Vital statistics of India. Vol. IV, Annual returns from 1871 to 1876. British Army of India, Native Army and jails of Bengal
Year: 1871
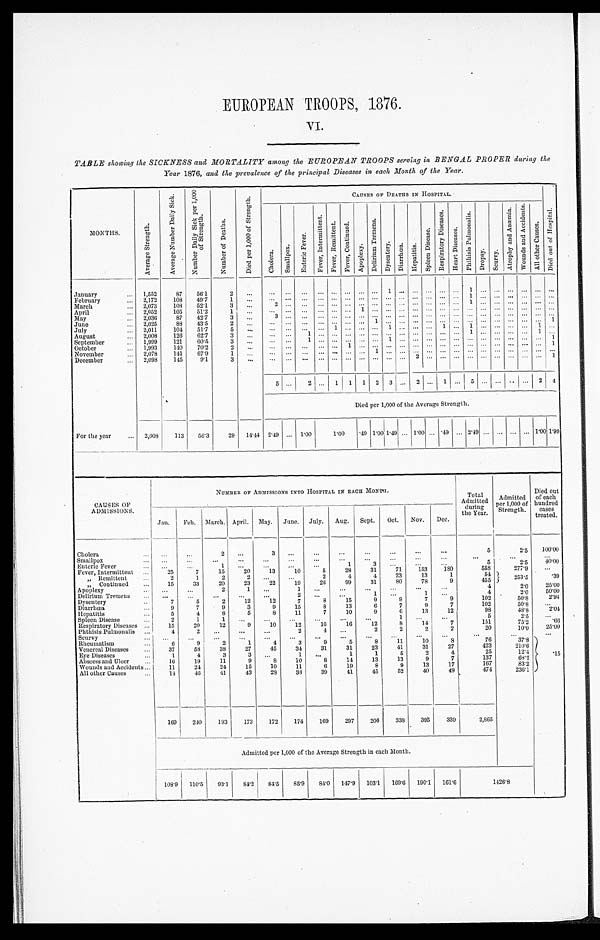
EUROPEAN TROOPS, 1876.
VI.
TABLE showing the SICKNESS and MORTALITY among the EUROPEAN TROOPS serving in BENGAL PROPER during the
Year 1876, and the prevalence of the principal Diseases in each Month of the Year.
MONTHS.
A v e r a g e S t r e n g t h .
A v e r a g e N u m b e r D a i l y
S i c k .
N u m b e r D a i l y S i c k p e r 1 , 0 0 0 o f S t r e n g t h .
N u m b e r o f D e a t h s .
D i e d p e r 1 , 0 0 0 o f
S t r e n g t h .
CAUSES OF DEATHS IN HOSPITAL.
D i e d
o u t o f H o s p i t a l .
C h o l e r a .
S m a l l p o x .
E n t e r i c F e v e r .
F e v e r , I n t e r m i t t e n t . F e v e r e s , R e m i t t e n t . F e v e r , C o n t i n u e d .
A p o p l e x y .
D e l i r i u m T r e m e n s .
D y s e n t e r y . Di a r r h œa .
H e p a t i t i s .
S p l e e n D i s e a s e .
R e s p i r a t o r y D i s e a s e s .
H e a r t D i s e a s e s .
P h t h s i s P u l m o n a l i s .
Dr ops y. S c u r v y .
A t r o p h y a n d
A n æ m i a .
W o u n d s a n d A c c i d e n t .
A l l o t h e r C a u s e s .
January
... 1,552
87
56.1
2
. . .
. . .
. . . ... ... ... ... ... ...
1 . . .
. . . . . . ... ...
1 . . . . . . . . . . . . . . . . . .
February
... 2,172
108
49.7
1
...
... ... ... ... ... ... ... ... ... ... ... ... ...
. . . 1 . . . . . . . . . . . . . . . . . .
March
2,073
108
52.1
3
. . . 2
. . . ... ... ...
. . . ...
. . . . . . . . . ... ... ... ... 1 ...
. . . ... ... ...
. . .
April
2,052
105
51.2
1
. . .
. . . ... ...
. . . ... ... 1
. . . . . . . . . ...
. . . . . . ...
. . . ...
. . . . . . ... ... ...
May
2,036
87
42.7
3
. . . 3
. . .
. . .
. . . ... ... ... ... ... ... ... ... ... ... ... ...
. . .
. . . ... ... ...
June
. . . 2,025
88 43.5
2
. . .
. . . ... ... ...
. . . ... ...
1 . . . . . .
. . . . . . . . . . . . . . . . . . . . . . . . . . . . . . 1
July
... 2,011
104
51.7
5
...
. . . ... ... ... 1 ... ...
. . . 1
...
. . . 1
. . . 1
. . . . . . . . . ... 1
...
August
... 2,008
126
62.7
3
. . . ... ...
1 ... ... ... ... ... ... ...
. . . . . . ... ... 1
. . . . . . . . . . . . 1 ...
September
. . . 1,999
121
60.5
3
. . . ... ...
1 ...
. . . ... ... ...
1 . . .
. . . . . . . . . . . . . . . . . . . . . . . . . . . . . . 1
October
... 1,993
140 70.2
2
. . . ... ... ... ... ...
1
. . . . . . . . . . . .
. . . . . . . . . . . . . . . . . . . . . . . . . . . . . . 1
November
. . . 2,078
141
67.9
1
...
... ... ... ... ... ... ... 1
. . . . . .
. . . ... ... ... ... ... ... ...
. . . . . . . . .
December
. . .
2 , 0 9 8 145
9.1
3
. . .
... ... ... ... ... ... ... ... ... ...
2
... ... ...
. . .
... ... ... ... ...
1
5 . . . 2 ... 1 1 1 2 3 ... 2
. . . 1 . . . 5 . . . . . . . . . . . . 2
4
Died per 1,000 of the Average Strength.
For the year
... 2,008
113
56.3
29 14.44 2.49 ... 1.00
1.00
.49 1.00 1.49 ... 1.00 ... .49 ... 2.49 ... ... ... ...
1 . 0 0
1.99
CAUSES OF
ADMISSIONS.
NUMBER OF ADMISSIONS INTO HOSPITAL IN EACH MONTH.
Total
Admitted d u r i n g
the Year.
Admitted
per 1,000 of
Strength.
Died out
of each
hundred
cases
treated.
Jan.
Feb. March. April. May. June.
_____
July. Aug. Sept. Oct. Nov. Dec.
Cholera
...
. . .
2
. . .
3
. . .
...
...
...
. . .
...
...
5
2.5 100.00
Smallpox
... ...
. . .
. . .
...
...
. . . ...
...
...
...
. . .
. . . ...
. . .
. . .
Enteric Fever
...
. . .
...
1
...
...
...
...
1
3
. . . ...
...
5
2.5
4 0 . 0 0
Fever, Intermittent ...
25
7
15
20
13
10
5
28
31
71
153
180
558
277.9
. . .
, , R e m i t t e n t
...
2
1
2
2
. . .
. . .
2
4
4
23
13
1
54
2 5 3 . 5
'
. 39
„ Continued
...
15
33
20
23
22
19
26
99
31
8 0
78
9
455
Apoplexy
... ...
...
2
1
. . .
1
...
...
. . . ...
...
4
2.0
25.00
Delirium Tremens
...
. . .
. . .
. . .
...
...
2
. . .
. . .
1
. . .
1
...
4
2.0
5 0 . 0 0
Dysentery
...
7
5
2
12
12
7
8
15
9
9
7
9
102
50.8
2.94
Diarrhuœa
...
9
7
9
3
9
15
8
13
6
7
9
7
102
50.8
. . .
Hepatitis
...
5
4
8
5
8
11
7
10
9
6
13
12
98
48.8
2 . 0 4
Spleen Disease
...
2
1
1
...
...
. . .
...
...
...
1
. . . ...
5
2 . 5
. . .
Respiratory Diseases
...
15
20
12
9
10
12
16
16
12
8
14
7
1 5 1
75.2
. 6 6
Phthisis Pulmonalis ...
4
2
. . . ...
. . .
2
4
. . .
2
2
2
2
2 0
10.0
2 5 . 0 0
Scurvy
...
. . .
. . .
. . .
. . .
. . .
. . .
. . .
. . . . . .
...
. . .
. . .
...
...
...
Rheumatism
...
6
9
2
1
4
3
9
5
8
11
10
8
76
37.8
.15
Venereal Diseases
...
37
58
38
27
45
34
31
31
23
41
31
27
4 2 3
2 1 0 . 6
Eye Diseases
...
1
4
3
3
. . .
1
. . .
1
1
5
2
4
137
6 8 . 2
Abscess and Ulcer
...
16
19
11
9
8
10
8
14
13
13
9
7
1 3 7
68.2
Wounds and Accidents ...
11
24
24
15
10
11
6
19
8
9
13
17
167
83.2
All other Cause
... ...
1 4
4 6 41
43
23
38
39
41
45
52
40
49
474
236.1
169
240
193
173
172
174
169
297
206
338
395
339
2,865
Admitted per 1,000 of the Average Strength in each Month.
108'9 110'5
93.1 84.2 84.5 85'9
8 4 . 0 147.9 103.1 169.6 190.1 161.6
1426.8